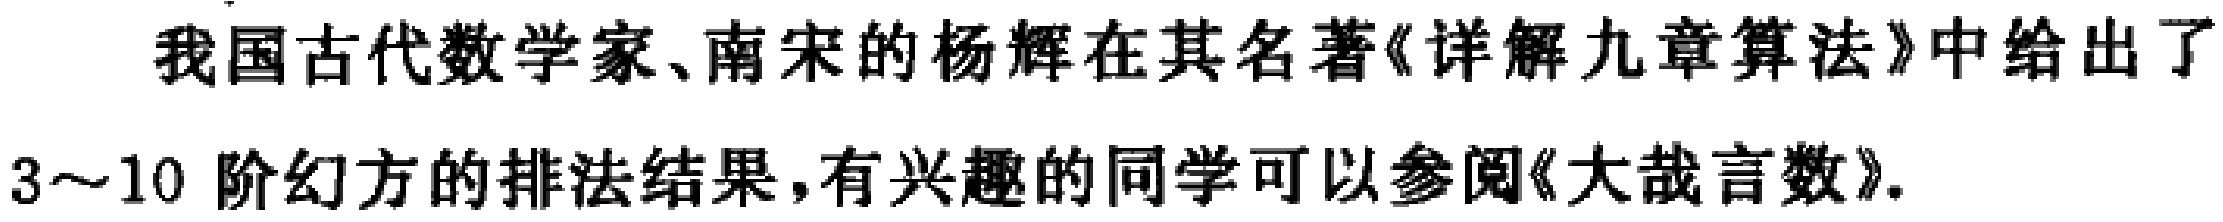
我国古代数学家、南宋的杨辉在其名著《详解九章算法》中给出了
3～10 阶幻方的排法结果，有兴趣的同学可以参阅《大哉言数》.